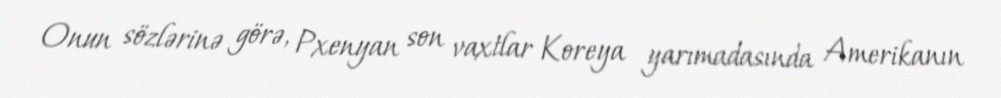
Onun sözlərinə görə, Pxenyan son vaxtlar Koreya yarımadasında Amerikanın